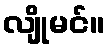
လျိုမင်။